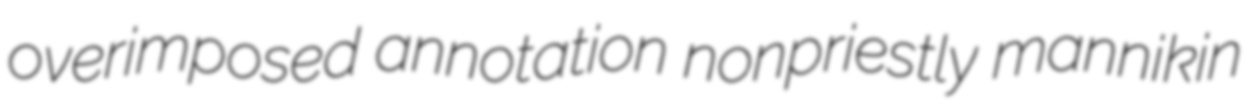
overimposed annotation nonpriestly mannikin